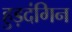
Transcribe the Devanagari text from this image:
हुड़दंगिन